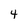
Character: 4